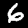
Label: 6